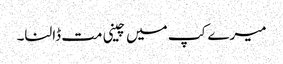
میرے کپ میں چینی مت ڈالنا۔